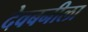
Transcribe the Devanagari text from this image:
देवबनीला